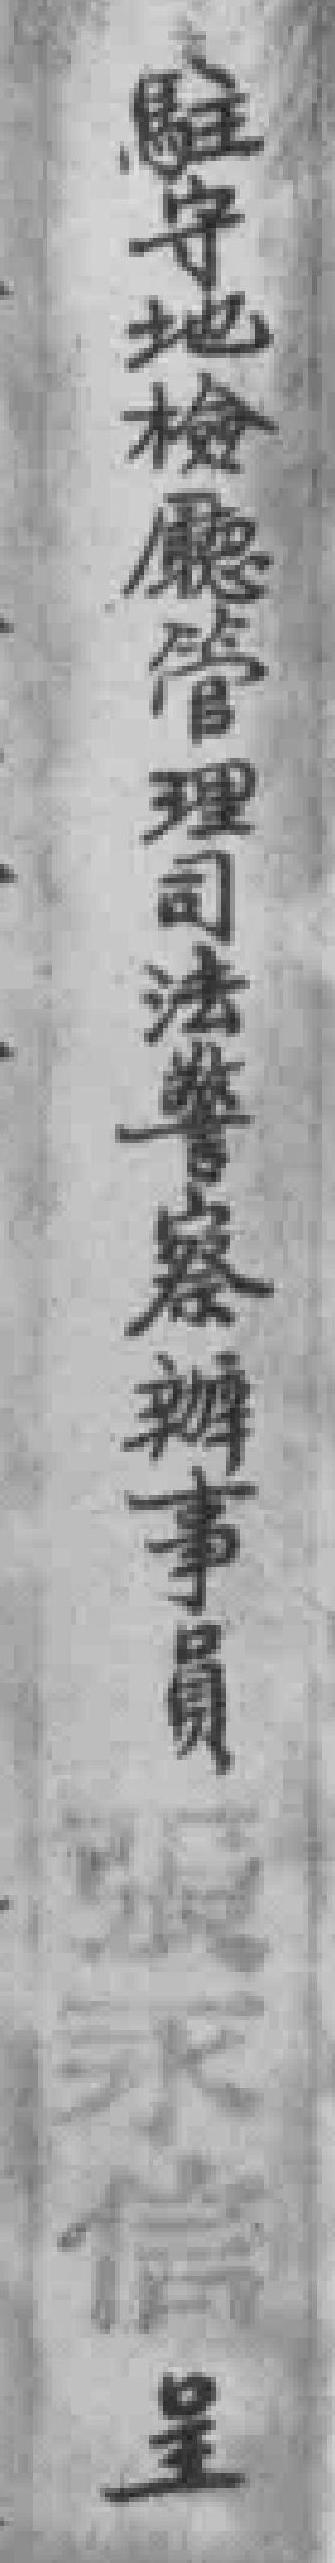
駐守地檢廳管理司法警察辦事員張永信呈